65_HS1-834228961_62-HQ-83894_Section_2
Agency: FBI
Page 153
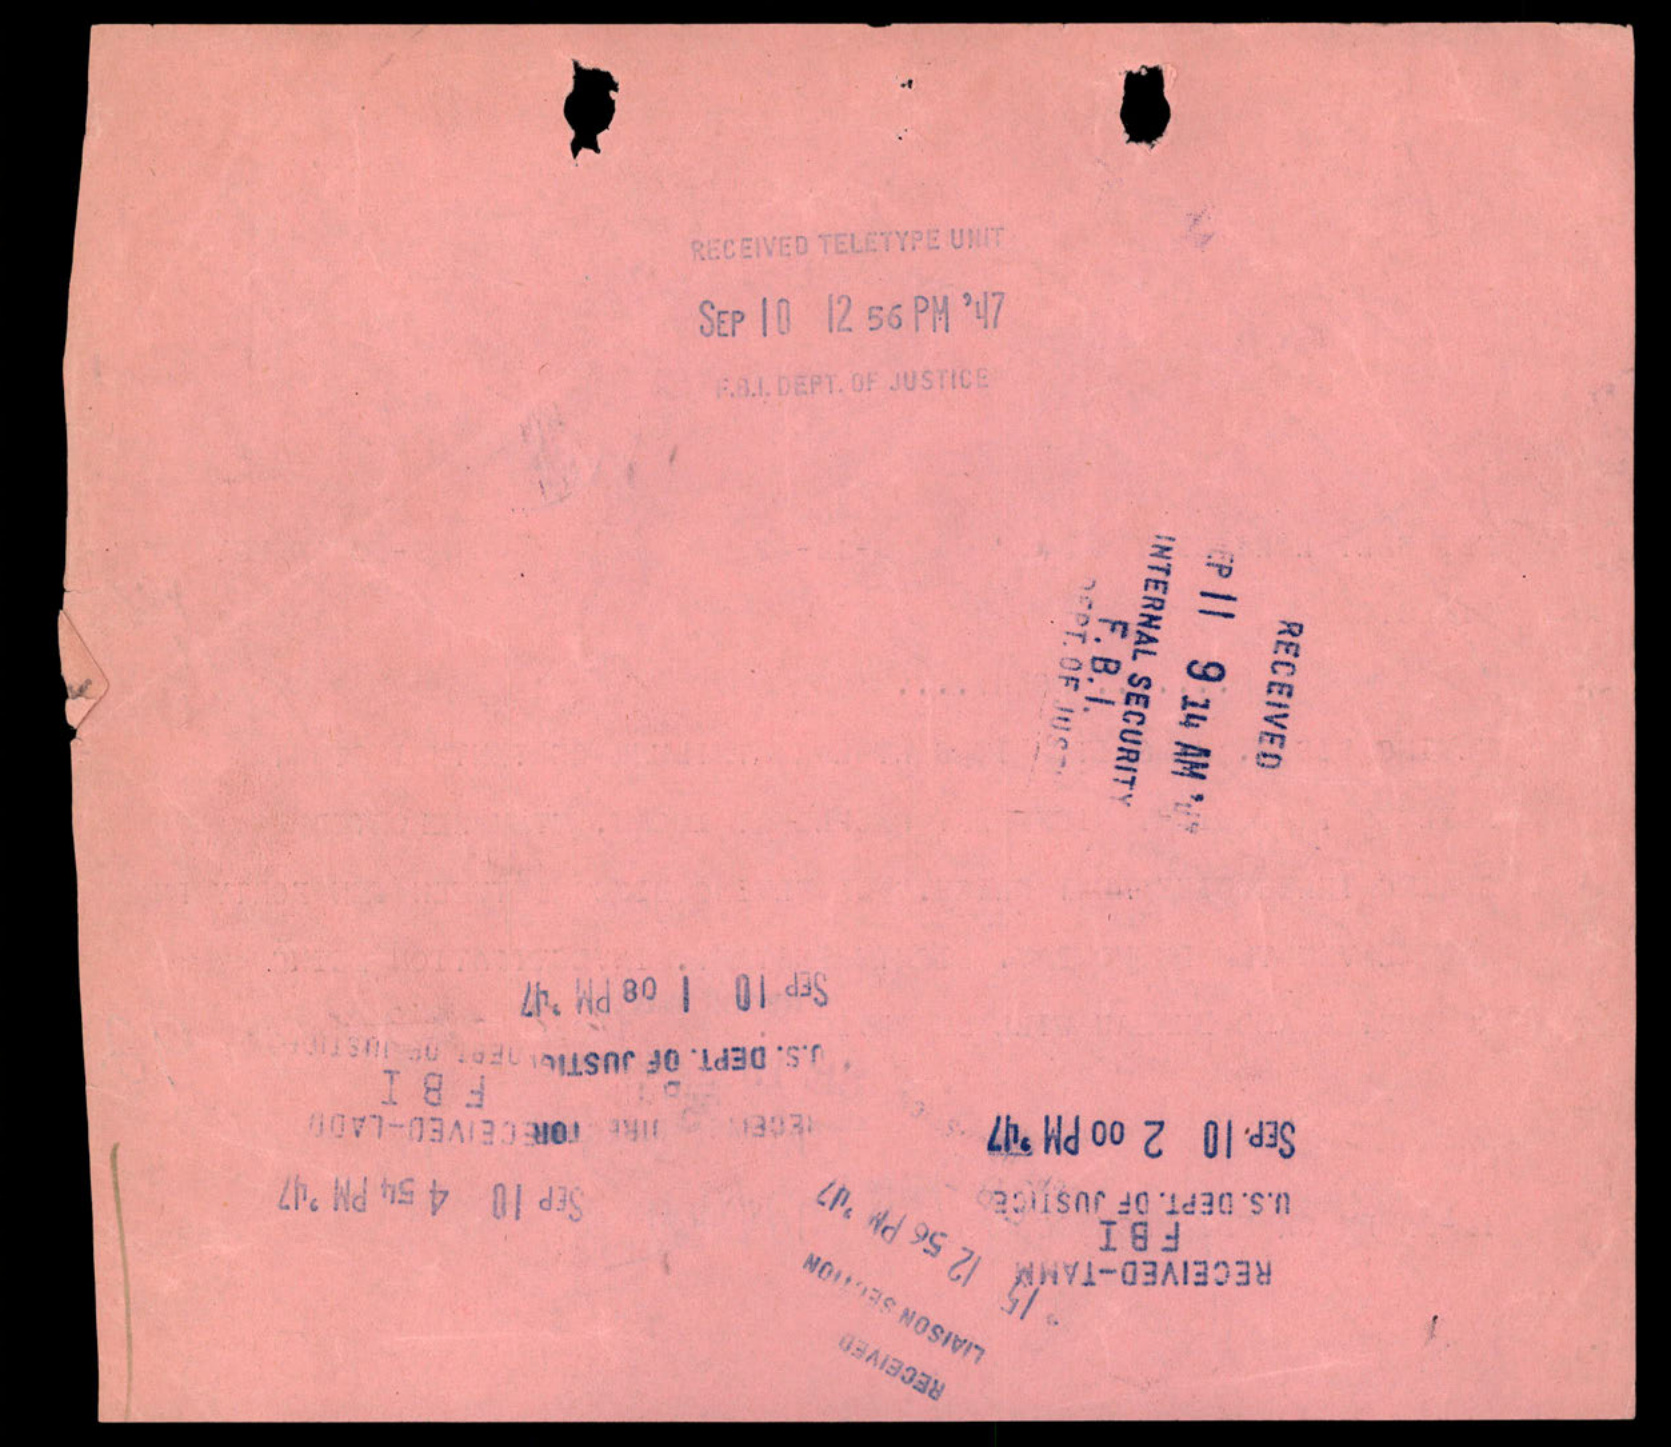